Civil Veterinary Department Bengal reports 1933-51 - 1933-1951
Year: 1933
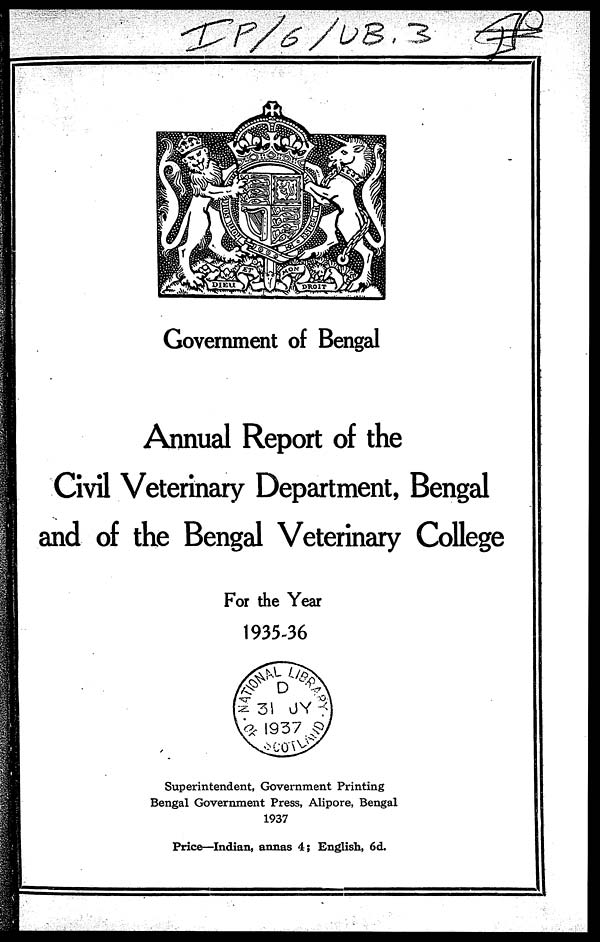
Government of Bengal
Annual Report of the
Civil Veterinary Department, Bengal
and of the Bengal Veterinary College
For the Year
1935-36
Superintendent, Government Printing
Bengal Government Press, Alipore, Bengal
1937
Price—Indian, annas 4; English, 6d.